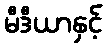
မီဒီယာနှင့်